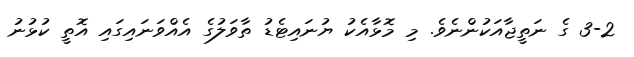
3-2 ގެ ނަތީޖާއަކުންނެވެ. މި މޮޅާއެކު ޔުނައިޓެޑު ތާވަލުގެ އެއްވަނައިގައި އޮތީ ކުޅުނު